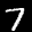
Label: 7